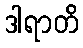
ဒါရာတိ